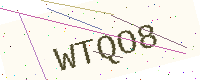
Text: WTQO8